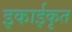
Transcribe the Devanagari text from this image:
इकाईकृत